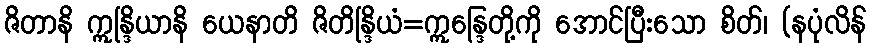
ဇိတာနိ ဣန္ဒြိယာနိ ယေနာတိ ဇိတိန္ဒြိယံ=ဣန္ဒြေတို့ကို အောင်ပြီးသော စိတ်၊ (နပုံလိန်